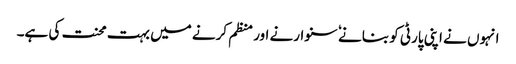
انہوں نے اپنی پارٹی کو بنانے ٗ سنوارنے اور منظم کرنے میں بہت محنت کی ہے۔